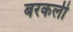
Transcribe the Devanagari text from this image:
बरकली